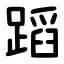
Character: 蹈